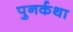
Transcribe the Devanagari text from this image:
पुनर्कथा